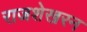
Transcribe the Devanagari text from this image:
राजशेखरन